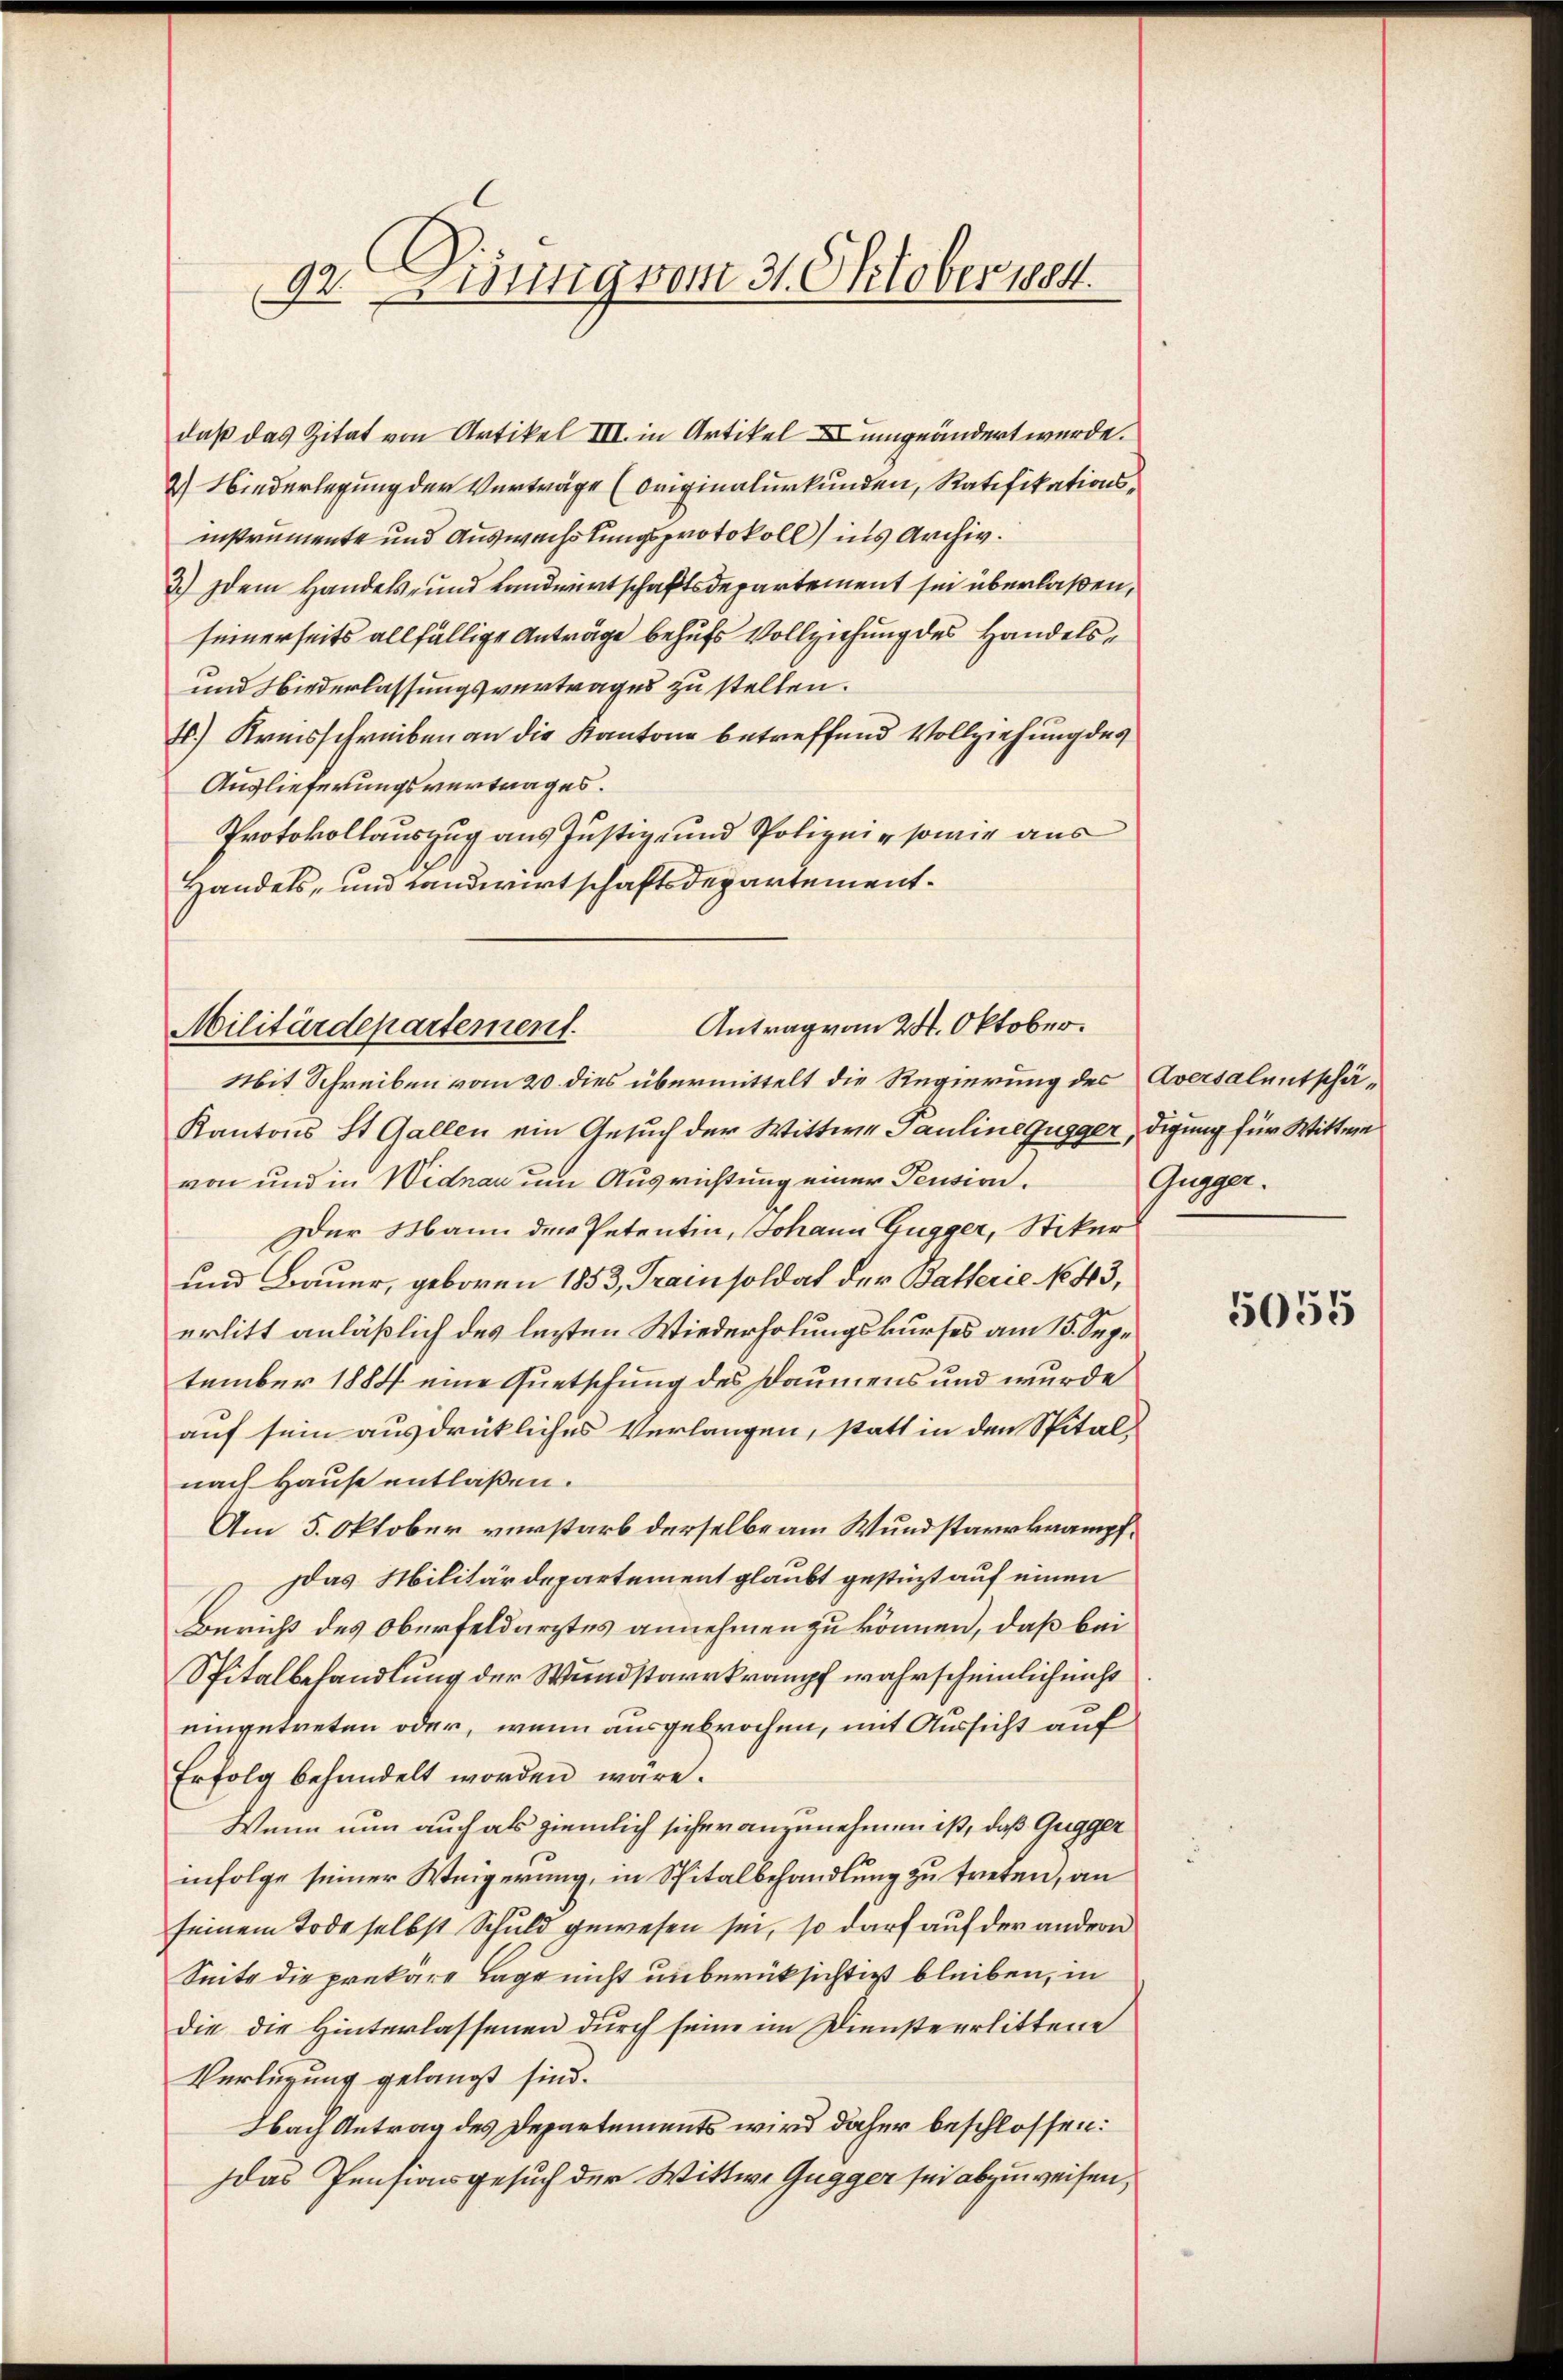
92. Visung vom 31. Oktober 1884.

daß das Zitat von Artikel III. in Artikel X umgeändert wurde.
2) Niederlegung der Verträge (Originalurkunden, Ratifikationsinstrumente und Auswachslungsprotokoll) ins Archiv.
3.) dem Handels- und Landwirtschaftsdepartement sei überlaßen,
seinerseits allfällige Anträge behufs Vollziehung des Handels¬
und Niederlassungsvertrages zu stellen.
.) Kreisschreiben an die Kantone betreffend Vollziehung des
Auslieferungsvertrages.
Protokollauszug aus Justiz- und Spolizei, sowie aus
Handels- und Landwirtschaftsdepartement¬

Antrag von 24. Oktober.
Militärdepartement.

Mit Schreiben vom 20. dies übermittelt die Regierung des Aversalentschä¬
Kantons St. Gallen ein Gesuch der Wittwe Pauline Gugger, digung für Wittwe
von und in Widman um Ausrichtung einer Pension.
Der Mann der Petentin, Johann Gugger, Stiker
und Bauer, geboren 1853, Trainsoldat der Batterie No 43,
erlitt anläßlich des lezten Wiederholungskurses am 15. Sepe
tember 1884 eine Quetschung des Daumens und wurde
auf sein ausdrückliches Verlangen, statt in den Spitalnach Hause entlaßen.
Am 5. Oktober verstarb derselbe am Wundstarrkrampf¬
Das Militärdepartement glaubt gestüzt auf einen
Bericht des Oberfeldarztes annehmen zu können, daß bei
Spitalbehandlung der Wundstarrkrampf wahrscheinlich nicht
eingetreten oder, wenn ausgebrochen, mit Aussicht auf
Erfolg behandelt worden wäre.
Wenn nun auch als ziemlich sicher anzunehmen ist, daß Gugger
infolge seiner Weigerung, in Spitalbehandlung zu treten, an
seinem Tode selbst Schuld gewesen sei, so darf auf der andern
Seite die prekäre Tage nicht unberüksichtigt bleiben, in
die die Hinterlassenen durch seine im Dienste erlittene
Verlegung gelangt sind.
Nach Antrag des Departements wird daher beschlossen:
das Pensionsgesuch der Wittwe Gugger sei abzuweisen,

Gugger.

5055